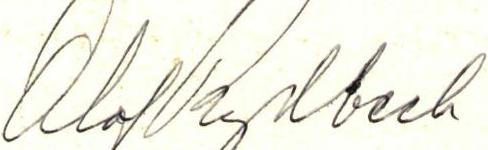
Olof Rydbeck